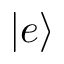
| e \rangle